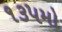
૧૩૫મો